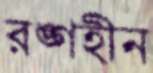
রঙ্গহীন